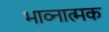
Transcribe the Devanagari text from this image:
भाव्नात्मक